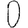
Digit: 0